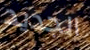
الجديد